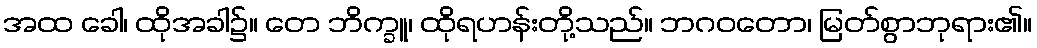
အထ ခေါ၊ ထိုအခါ၌။ တေ ဘိက္ခူ၊ ထိုရဟန်းတို့သည်။ ဘဂဝတော၊ မြတ်စွာဘုရား၏။